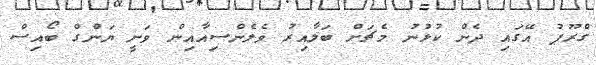
ގްރޫޕު އޭގައި ދެން ކުޅުނު މެޗަށް ބަލާއިރު ވެލެންސިއާއިން ވަނީ ޔަންގް ބޯއިސް